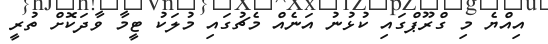
އިއްޔެ މި ގްރޫޕްގައި ކުޅުނު އަނެއް މެޗުގައި މުލަކު ޓީމާ ވާދަކޮށް ތުރީ